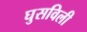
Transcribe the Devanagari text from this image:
घुसविली